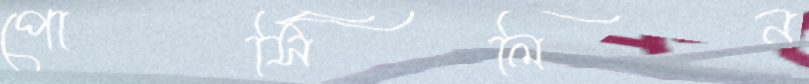
পোর্সিলিন